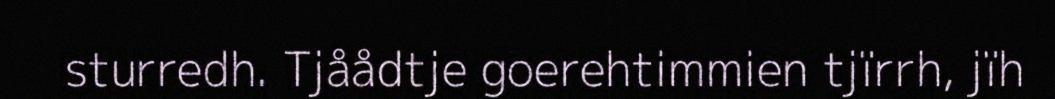
sturredh. Tjåådtje goerehtimmien tjïrrh, jïh